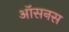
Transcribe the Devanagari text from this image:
ऑसनस